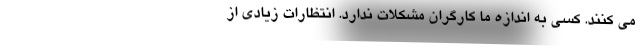
می کنند. کسی به اندازه ما کارگران مشکلات ندارد. انتظارات زیادی از